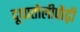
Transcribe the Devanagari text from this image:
दूधातोलीपौढ़ी